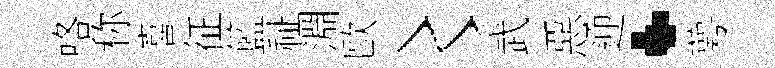
咯称喜征籃祉淵歐〻武惡迎·萼